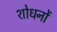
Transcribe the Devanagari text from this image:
शोधनों